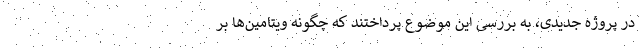
در پروژه جدیدی، به بررسی این موضوع پرداختند که چگونه ویتامین‌ها بر